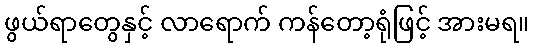
ဖွယ်ရာတွေနှင့် လာရောက် ကန်တော့ရုံဖြင့် အားမရ။